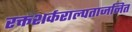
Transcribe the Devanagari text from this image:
रक्तशर्कराल्पताजनित